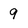
Character: 9